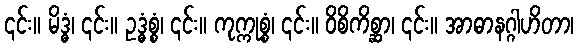
၎င်း။ မိဒ္ဓံ၊ ၎င်း။ ဥဒ္ဓံစ္စံ၊ ၎င်း။ ကုက္ကုစ္စံ၊ ၎င်း။ ဝိစိကိစ္ဆာ၊ ၎င်း။ အာဓာနဂ္ဂါဟိတာ၊